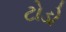
ટોડો